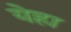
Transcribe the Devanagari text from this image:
येहा